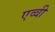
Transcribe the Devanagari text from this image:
एव्वी